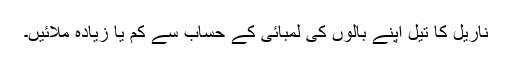
ناریل کا تیل اپنے بالوں کی لمبائی کے حساب سے کم یا زیادہ ملائیں۔